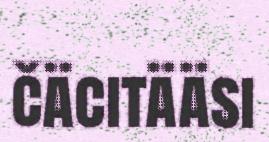
čäcitääsi